Vital statistics of India. Vol. IV, Annual returns from 1871 to 1876. British Army of India, Native Army and jails of Bengal
Year: 1871
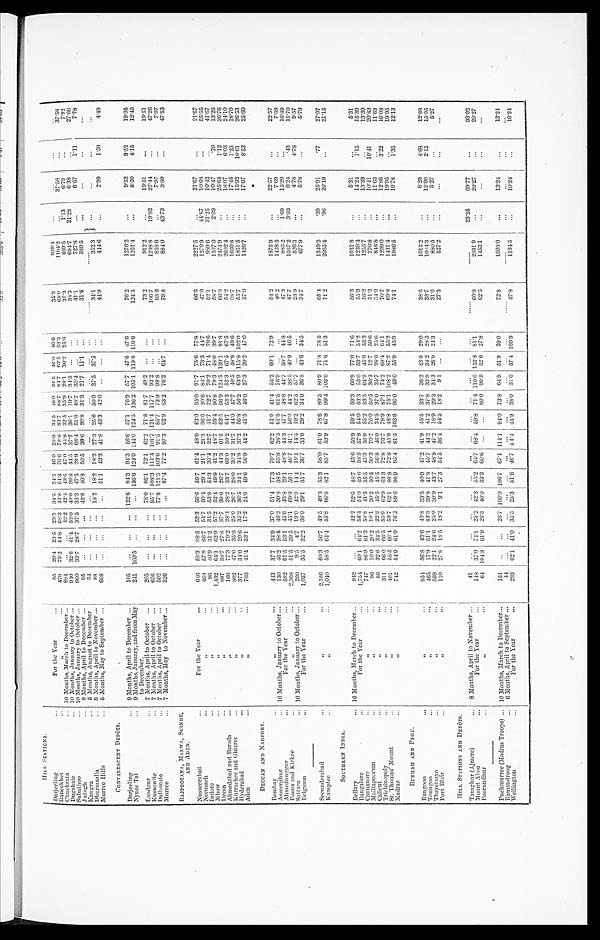
H I L L S T A T I O N S .
Darjeeling
...
For the Year
85
29.4
23.5
23.3
34.5
34.5 46.0
23.0
3 4 . 5 46.0 34.5
46.0
46.0
35.3
9 2 9 . 4
...
...
...
...
Raneekhet
...
,,
479
75.2
5 4 . 8 58.3
44.8
5 4 . 3 76.6
78.8
8 3 . 7 88.7
84.7
63.5
53.3
68.9
1 1 9 4 . 2
...
37.58
...
3 7 . 5 8
Chuckrata
... 10 Months, March to December...
884
...
...
42.2 42.4 43.6
47.0 44.8
32.5
35.9
28.1
30.2
25.6
37.3
469.5
1.13
6.79
...
7.92
Dugshaie
...
10 Months, January to October...
940
32.6 41.4
53.0
40.0 39.8
44.5
37.7
36.1
19.7
34.5
...
...
38.3
694.7
21.28
6.38
...
27.66
Subathoo
10
M o n t h s , J a n u a r y t o O c t o b e r . . .
900
33.7
28.7
37.5
35.3 47.5
29.9
66.4
51.0
48.7
35.4
...
...
41.1
727.8
...
6.67
1.11
7.78
Jutogh
...
9 Months, April to December ...
95
...
...
...
40.8 40.8 50.5 30.6
20.8
31.3
21.7
11.1
...
31.6
309.5
...
...
...
. . .
Kangra
5 Months, August to December
3 4
. . .
. . .
. . .
. . .
. . .
. . .
. . .
. . ....
. . .
. . .
. . .
. . .
. . . ...
. . .
...
...
Dhurmsalla
8 Months, April to November ...
88
...
...
...
18.2
18.2
18.2
27.3
25.0 50.0
37.5
37.5
. . .
34.1
352.3
...
. . .
. . .
. . .
:Murree Hill
5 Months, May to September ...
668
. . . ...
...
...
51.1
43.3
41.8
43.3
42.0
...
...
. . .
44.9
444.6
...
2.99
1.50
4 . 4 9
CONVALESCENT DEPÔTS.
Darjeeling
9 Months, April to December ...
105
...
...
...
122.6
94.3
94.3
56.6
57.1
76.9
57.7
47.6
47.6
76.2
1276.2
...
9.52
9.52
19.05
Nynee Tal
...
9 Months, January, and from May
241
100.5
. . . ...
...
136.6 124.0 144.0 124.5 136.2 105.1 119.8 110.6
124.5
1261.4
...
8.30
4.15
12.45
to December.
Landour
7 Months, April to October
...
205
...
...
...
78.0
86.1
72.1
62.2
71.8
81.7
49.2
...
...
73.2
912.2
...
19.51
. . .
19.51
Kussowlie
7 Months, April to October
. . .
656
...
...
...
85.7 108.3 111.4 101.7 121.4 117.7
93.2
...
. . .
106.7
1298.8
19.82
27.44
...
47.26
Dalhousie
...
7 Months, April to October
...
502
...
...
...
77.8 121.5 103.6 91.5
85.7
73.9
99.8
...
. . .
93.6
858.6
...
7.97
...
7.97
Murree
7 Months, May to November ...
526
...
...
...
...
87.4
77.2
97.3
92.9
63.2
76.2
64.7
...
79.8
884.0
43.73
3.80
...
47.53
RAJPOOTANA, MALWA, SCINDE,
AND ADEN.
Nusseerabad
For the Year
...
646
58.3 68.5
52.3
56.6
59.7
61.4 48.0
63.0
95.0
91.7
75.6
77.8
66.6
2227.5
...
21.67
...
21.67
Neemuch...
„
468
57.0
66.7
54.7 50.4
29.4
21.1
21.3
36.6
30.6
84.1
73.3
44.7
47.0
1279.9
44.87
10.68
...
55.55
Indore
...
,,
96
46.9 31.2
34.5 53.8
54.3
35.4
22.7
41.7
72.7
70.2
71.4
79.6
52.1 I
989.6
31.25
10.42
...
41.67
Mhow
...
,,
1,432
64.1
62.9
57.2
52.4 49.9
41.2 48.7
59.4 90.8
79.3
48.0
39.7
58.7
1507.0
2.09
10.47
.70
13.26
Deesa
,,
897
38.7
27.8
37.7
39.0
26.7 44.3 91.5
63.5
66.9 124.5 139.1 91.8
66.9
2474.9
...
25.64
1 . 1 2
26.76
Ahmedabad and Baroda ...
, ,
166
77.3
79.2
28.4
28.2
33.7
69.0
59.2
64.7
53.3
52.3
67.5
67.5
54.2
2602.4
...
18.07
6.03
24.10
Kurrachee and Ghizree
...
,,
802
47.0
35.8 25.9
26.7
28.0
30.2
31.7
44.0 47.7
40.5
48.9
49.6
38.7
1660.8
...
17.45
1.25
18.70
Hyderabad
...
, ,
377
34.0
29.6 35.2
36.5
34.1
34.8
37.2
56.8
56.2
63.9 115.8 102.0
55.7
1851.5
...
15.92
10.61
26.53
Aden
...
,,
703
41.4
33.1
17.2
24.0 49.6
56.9
44.2
41.5
46.0
27.3
20.2 47.0
37.0
1426.7
...
17.07
8.53
25.60
DECCAN AND NAGPORE.
Bombay
...
,,
443
37.7
34.9
37.0
51.4
77.3
70.7
62.2
51.0 41.4 55.2 60.1 72.9
54.2
1875.9
...
22.57
...
22.57
Asseerghur
... 10 Months, January to October ...
130
46.2
38.5
46.2
30.8
38.5
53.8
38.5
61.5
61.5
76.9
...
...
46.2
1438.5
...
7.6
. . .
7.69
Ahmednuggur
...
For the Year
...
592
61.5
53.1
45.6 43.8 29.1
48.8
44.3
47.7
48.0
44.7
50.7 44.8
47.3
885.2
1.69
15.20
...
16.89
Poona and KirKee
, ,
2,308
51.5 39.5 45.1 69.9 56.1 46.7 41.1 50.0 44.2 38.5 40.9 46.5
47.7
1567.2
3.03
8.24
.43
11.70
Sattara
... 10 Months, January to October ...
209
9.5
4 . 7 19.0 42.9 14.4 19.1 14.4 19.2 62.5 57.7 ...
...
23.9
526.3
...
4.78
4.78
9.57
Belgaum
...
For the Year
...
1,037
35.5 32.2
36.0
29.1
35.7
36.7
33.0
29.2
34.0
36.8 43.6
34.5
34.7
677.9
...
5.7
. . .
5.78
Seeunderabad
...
, ,
2,586
60.3
56.7 49.5
49.3
55.3
58.0
61.0
78.6
89.5
80.9
71.8 78.5
65.4
1349.2
. 3 9 25.91
.77
27.07
Kamptee
...
,,
1,040
58.5
64.4
55.8
66.6 82.1
83.7
53.9 67.8
99.4 103.0 71.6 51.3
71.2
2065.4
. 9 6 20.19
...
21.15
SOUTHERN INDIA.
Bellary
... 10 Months, March to December...
942
...
...
42.2
52.6
48.7
43.6
50.9
59.5
59.3
60.9
77.0
71.6
56.3
1031.8
...
5.31
...
5.31
Bangalore
...
For the Year
...
1,754
60.1
64.2
58.4
54.0 49.6
58.5
57.8
54.0
53.3
53.0 53.7
54.2
55.9
1239.4
. . .
14.24
1.15
15.39
Cannanore
,,
...
747
86.9
8 1 . 3
5 0 . 8 41.5 35.5 45.3 56.9 55.2 53.5 64.9 45.9 53.3
56.2
1255.7
...
13.39
...
13.39
Malliapoorum
...
,,
96
10.0 20.2 10.1 20.2 50.5 30.3 70.7 70.0 50.5 30.3 12.7 50.6
31.3
770.8
...
10.41
10.41
20.83
Calicut
...
,,
...
86
32.6
34.5
22.2
45.5
45.5
56.8
46.0
34.5
37.0
35.7
38.0 25.6
34.9
848.8
...
11.63
...
11.63
Trichinopoly
...
,,
311
66.0 66.5
55.9
62.9
63.3
72.8
76.7
79.9
87.1
74.2
68.4
64.1
70.7
1299.0
...
12.86
3.22
16.08
St. Thomas' Mount
,,
• • •
401
58.5
66.4
59.7
62.1
86.8
72.8 45.9
48.8
75.1 108.2 87.2
55.2
69.8
1431.4
...
19.95
...
19.95
Madras
...
, ,
742
54.9
61.9
76.2
89.6
96.9
95.4 81.5 103.6
96.0
49.0 55.9
45.9
74.1
1986.5
...
10.78
1.35
12.13
BURMAH AND PEGU.
Rangoon
...
,,
854
36.8 43.6 40.8 33.5 40.9 47.2 41.9 45.5 33.7 36.2 43.0 29.0
38.6
1015.2
...
8.20
4 . 6 8
12.88
Toungoo
, ,
465
17.9
51.1 43.3 39.8 41.8 45.7 44.2 41.2 37.8 33.9 34.2 28.5
38.7
1004.3
...
12.90
2.15
15.05
Thayetmyo
...
, ,
569
22.1
24.6
25.0 30.9 43.7
48.8 47.2
18.9
29.3
34.3
26.0
24.3
31.6
880.5
...
5.27
...
5.27
Port Blair
...
,,
• • •
110
27.8
18.5
18.2
9.1
27.3
54.5
36.4
54.5
18.2
9.1
...
...
27.3
527.2
...
...
...
...
HILL STATIONS AND DEPÔTS.
Taraghur (A.jmere)
...
8 Months, April to November ...
4 1
. . .
. . .
. . .
. . . ...
...
...
...
...
...
...
...
. . . . .
. . . . .
23.25
69.77
...
93.02
Mount Aboo
...
For the Year
...
148
37.0
74.1
25.2
42.3
55.2
64.7
68.4
59.8
71.4 110.0 153.3 81.1
60.8
2831.0
...
20.27
...
20.27
Poorundhur...
,,
64
104.8
61.9
26.3 40.0 33.3 60.6 ...
...
80.0 90.9 52.6 27.8
62.5
1453.1
...
...
. . .
. . . . .
Puchmurree (Madras Troops) ...
10 Months, March to December...
151
. . .
...
26.7 100.0 106.7 67.1 114.1 94.0 73.8 64.9 51.9 39.0
72.8
1808.0
...
13.24
...
13.24
Ramandroog
6 Months, April to September ...
...
...
...
...
Wellington
For the Year
...
293
62.1
41.0
35.5 25.3 51.6 46.7 4 4.4 45.9 38.0 31.0 57.4 109.9
47.8
1194.5
. ..
10.24
. . .
10.24